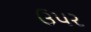
ઉ૫ર